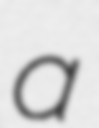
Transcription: a